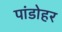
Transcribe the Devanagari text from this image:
पांडोहर